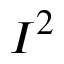
I ^ { 2 }